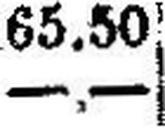
—.—